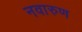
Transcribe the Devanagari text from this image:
नवारुण